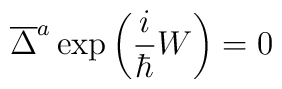
\overline{\Delta }^a\exp \left( \frac i\hbar W\right) =0